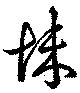
悚